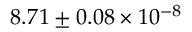
8 . 7 1 \pm 0 . 0 8 \times 1 0 ^ { - 8 }